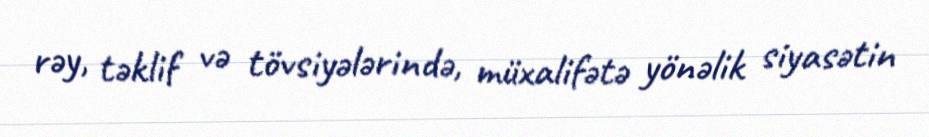
rəy, təklif və tövsiyələrində, müxalifətə yönəlik siyasətin